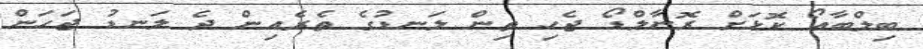
ބިލްބާއޯ ކޮޅަށް ރޮނާލްޑޯ ޖެހި ތިން ލަނޑުގެ ތެރެއިން ދެ ލަނޑު ޖަހަން